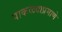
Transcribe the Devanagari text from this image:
पाकळ्याप्रमाणे